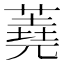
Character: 蕘